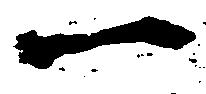
一